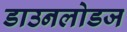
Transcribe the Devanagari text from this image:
डाउनलोडज